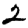
Digit: 2